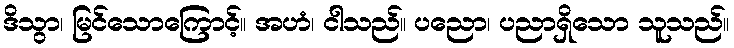
ဒိသွာ၊ မြင်သောကြောင့်။ အဟံ၊ ငါသည်။ ပညော၊ ပညာရှိသော သူသည်။